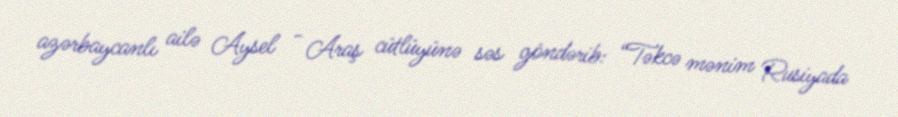
azərbaycanlı ailə Aysel - Araş cütlüyünə səs göndərib: “Təkcə mənim Rusiyada